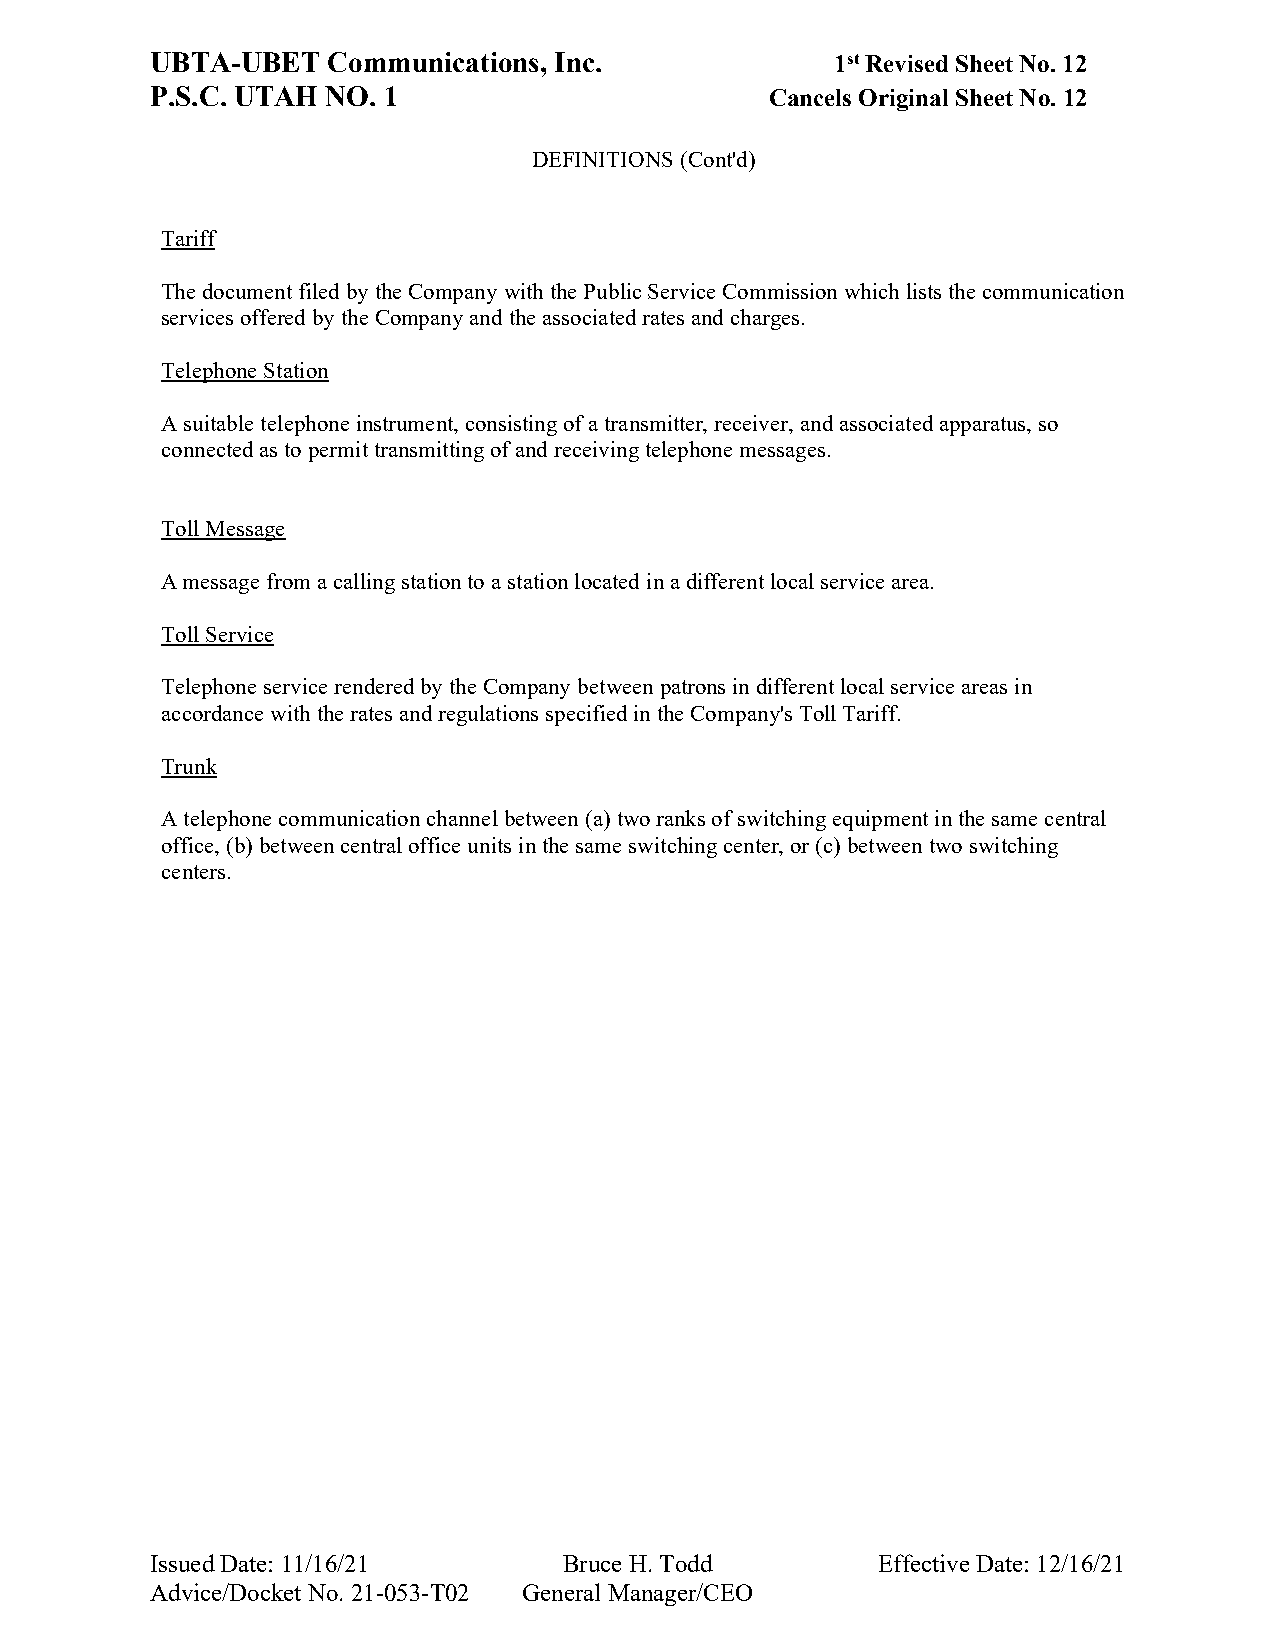
UBTA-UBET   Communications, Inc.             1st Revised Sheet No. 12
 P.S.C. UTAH NO. 1                        Cancels Original Sheet No. 12
 DEFINITIONS (Cont'd)
 Tariff
 The document filed by the Company with the Public Service Commission which lists the communication
 services offered by the Company and the associated rates and charges.
 Telephone Station
 A suitable telephone instrument, consisting of a transmitter, receiver, and associated apparatus, so
 connected as to permit transmitting of and receiving telephone messages.
 Toll Message
 A message from a calling station to a station located in a different local service area.
 Toll Service
 Telephone service rendered by the Company between patrons in different local service areas in
 accordance with the rates and regulations specified in the Company's Toll Tariff.
 Trunk
 A telephone communication channel between (a) two ranks of switching equipment in the same central
 office, (b) between central office units in the same switching center, or (c) between two switching
 centers.
 Issued Date: 11/16/21      Bruce H. Todd        Effective Date: 12/16/21
 Advice/Docket No. 21-053-T02 General Manager/CEO